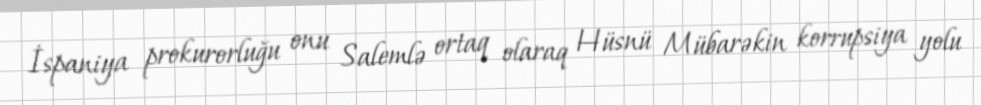
İspaniya prokurorluğu onu Salemlə ortaq olaraq Hüsnü Mübarəkin korrupsiya yolu